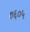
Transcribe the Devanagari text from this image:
७६०५